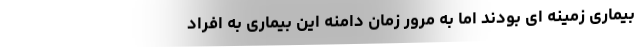
بیماری زمینه ای بودند اما به مرور زمان دامنه این بیماری به افراد